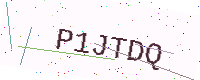
Text: P1JTDQ